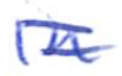
Text: in
Cross-out: mix
Writing tool: ballpoint